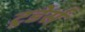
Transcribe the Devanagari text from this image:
ट्रडेर्स